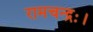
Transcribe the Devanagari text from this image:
रामचन्द्रः।